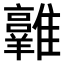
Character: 𩁛